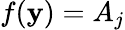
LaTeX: f(\mathbf{y})=A_{j}